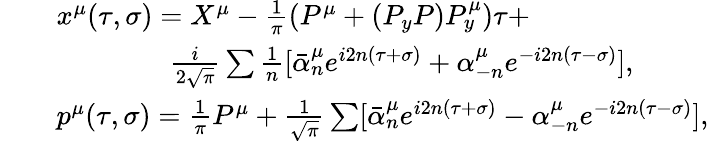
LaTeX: \begin{array}{l}{{\qquad x^{\mu}(\tau,\sigma)=X^{\mu}-\frac 1{\pi}(P^{\mu}+(P_{y}P)P_{y}^{\mu})\tau+}}\\ {{\qquad\qquad\qquad\frac i{2\sqrt\pi}\sum\frac 1n[\bar{\alpha}_{n}^{\mu}e^{i2n(\tau+\sigma)}+\alpha_{-n}^{\mu}e^{-i2n(\tau-\sigma)}],}}\\ {{\qquad p^{\mu}(\tau,\sigma)=\frac 1{\pi}P^{\mu}+\frac 1{\sqrt\pi}\sum[\bar{\alpha}_{n}^{\mu}e^{i2n(\tau+\sigma)}-\alpha_{-n}^{\mu}e^{-i2n(\tau-\sigma)}],}}\end{array}